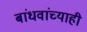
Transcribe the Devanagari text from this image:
बांधवांच्याही